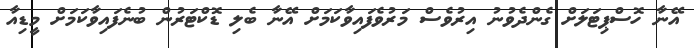
އޭނާ ހޮސްޕިޓަލަށް ގެންދެވުނު އިރުވެސް މަރުވެފައިވާކަމަށް އޭނާ ބެލި ޑޮކްޓަރުން ބުނެފައިވާކަމަށް މީޑިއާ